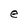
Character: e